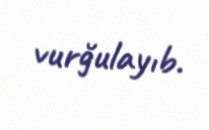
vurğulayıb.